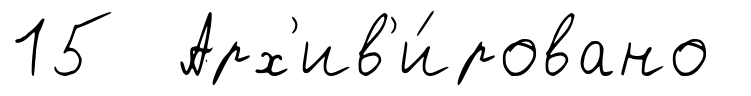
15 Арх'ив'и́ровано